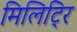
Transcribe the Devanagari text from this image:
मिलिट्रि